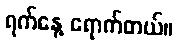
ရက်နေ့ ရောက်တယ်။